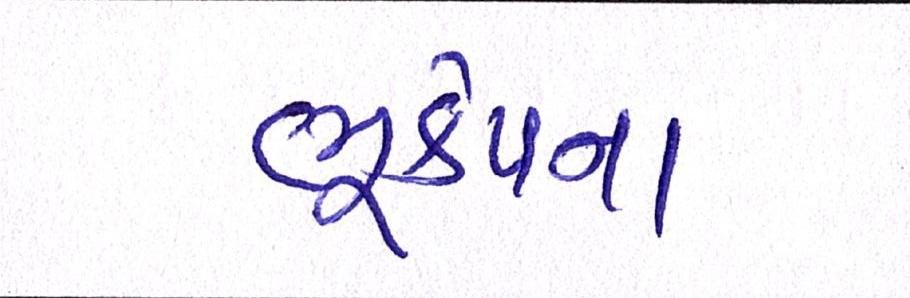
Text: ભૂકંપના